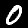
Digit: 0